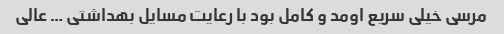
مرسی خیلی سریع اومد و کامل بود با رعایت مسایل بهداشتی … عالی